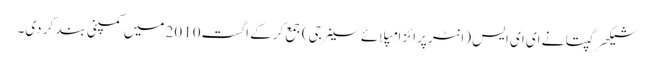
شیکھر گپتا نے ای ای ایس (انٹر پرائز امپلائے سینرجی) جمع کرکے اگست 2010 میں کمپنی بند کر دی۔